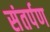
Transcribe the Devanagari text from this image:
संतर्पण